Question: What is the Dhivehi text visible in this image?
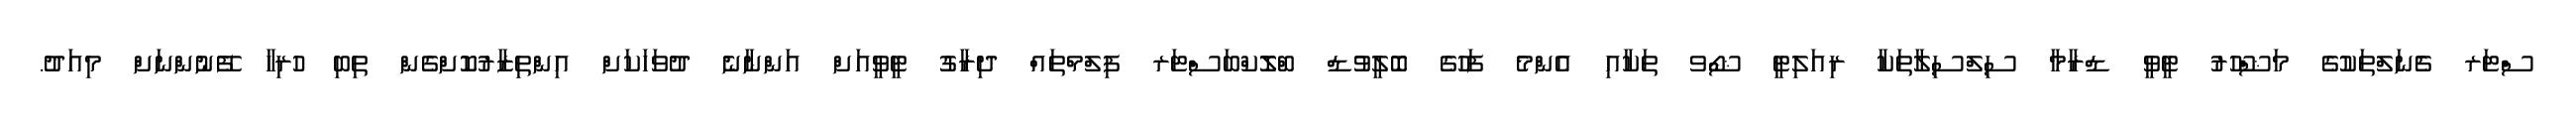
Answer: ސްޓަރ ޗެނަލްތަކުގެ މަޝްހޫރު ޓީވީ ޑްރާމާ ސިލްސިލާތަކާ ރިއަލިޓީ ޝޯވ ތަކާއި އެންމެ ފަހުގެ ބޮލީވުޑް ބްލޮކްބަސްޓަރ ފިލްމްތައް ދިރާގު ޓީވީއަށް އަންނާނެ ދުވަހަކަށް އިންތިޒާރުކޮށްގެން ތިބި ހުރިހާ ފޭނުންނަށް މިއަދު.